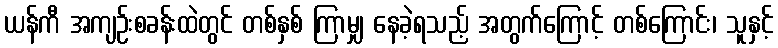
ယန်ကီ အကျဉ်းစခန်းထဲတွင် တစ်နှစ် ကြာမျှ နေခဲ့ရသည့် အတွက်ကြောင့် တစ်ကြောင်း၊ သူနှင့်